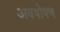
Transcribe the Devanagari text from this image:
अवषोषण